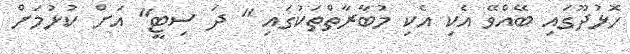
ހޮޅުދޫގައި ބޭއްވޭ އެކި އެކި މުބާރާތްތަކުގައި " ދަ ސިޓީ" އަށް ކުޅުމަށް